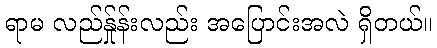
ရာမ လည်န်ှုန်းလည်း အပြောင်းအလဲ ရှိတယ်။